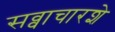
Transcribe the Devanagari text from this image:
सव्वाचारशे